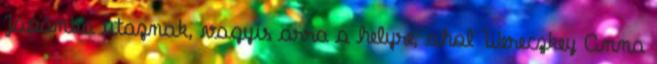
Japánba utaznak, vagyis arra a helyre, ahol Wereczkey Anna